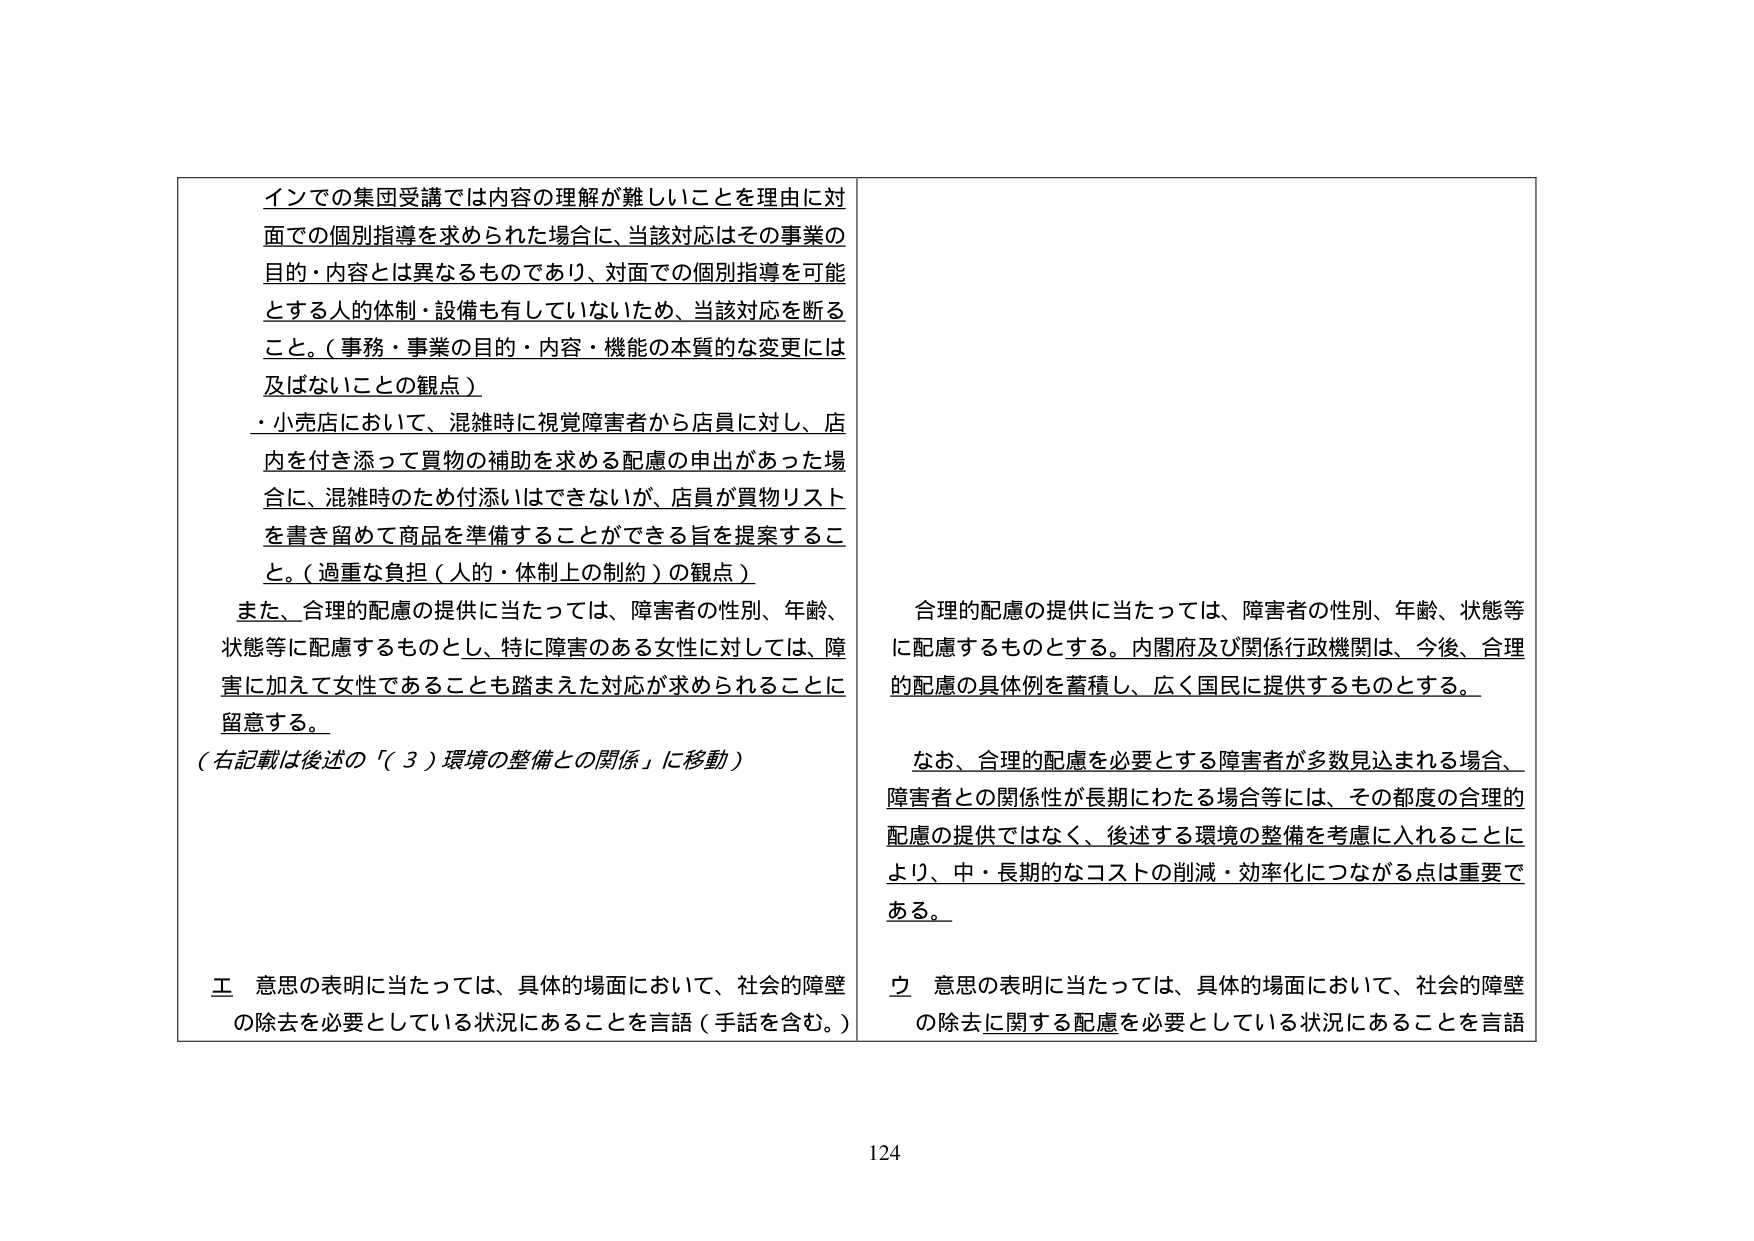
インでの集団受講では内容の理解が難しいことを理由に対
面での個別指導を求められた場合に、当該対応はその事業の
目的・内容とは異なるものであり、対面での個別指導を可能
とする人的体制・設備も有していないため、当該対応を断る
こと。（事務・事業の目的・内容・機能の本質的な変更には
及ばないことの観点）
・小売店において、混雑時に視覚障害者から店員に対し、店
内を付き添って買物の補助を求める配慮の申出があった場
合に、混雑時のため付添いはできないが、店員が買物リスト
を書き留めて商品を準備することができる旨を提案するこ
と。（過重な負担（人的・体制上の制約）の観点）
また、合理的配慮の提供に当たっては、障害者の性別、年齢、
状態等に配慮するものとし、特に障害のある女性に対しては、障
害に加えて女性であることも踏まえた対応が求められることに
留意する。
（右記載は後述の「（３）環境の整備との関係」に移動）

合理的配慮の提供に当たっては、障害者の性別、年齢、状態等
に配慮するものとする。内閣府及び関係行政機関は、今後、合理
的配慮の具体例を蓄積し、広く国民に提供するものとする。

なお、合理的配慮を必要とする障害者が多数見込まれる場合、
障害者との関係性が長期にわたる場合等には、その都度の合理的
配慮の提供ではなく、後述する環境の整備を考慮に入れることに
より、中・長期的なコストの削減・効率化につながる点は重要で
ある。

工 意思の表明に当たっては、具体的場面において、社会的障壁
の除去を必要としている状況にあることを言語（手話を含む。）

ウ 意思の表明に当たっては、具体的場面において、社会的障壁
の除去に関する配慮を必要としている状況にあることを言語

124